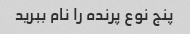
پنج نوع پرنده را نام ببرید